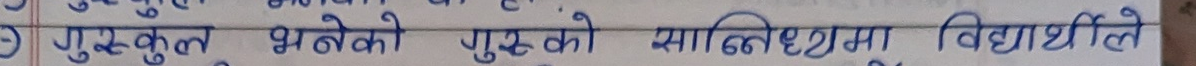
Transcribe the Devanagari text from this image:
गुरुकुल भनेको गुरुको सानिध्यमा विद्यार्थीले